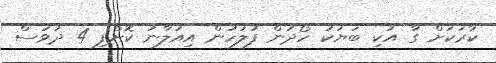
ކާރަކަށް ގާ އުކި ބަޔަކު ހޯދަން ފުލުހުން އިއުލާނު ކޮށްފި 4 ދުވަސް